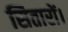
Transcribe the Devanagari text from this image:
सितारों।